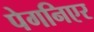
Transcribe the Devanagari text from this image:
पेगनिएर